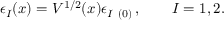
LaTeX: \epsilon _ { I } ( x ) = V ^ { 1 / 2 } ( x ) \epsilon _ { I \ ( 0 ) } \, , \qquad I = 1 , 2 .